Report on the working of the Ranchi Indian Mental Hospital, Kanke, in Bihar and Orissa - 1930-1940
Year: 1930
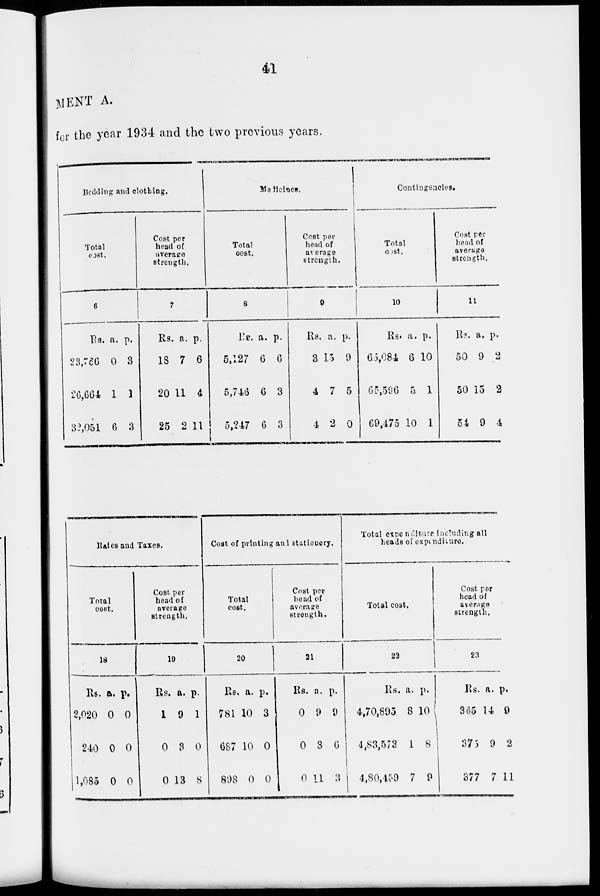
41
MENT A.
for the year 1934 and the two previous years.
Bedding and clothing.
Total
cost.
6
Rs.
23,766
26,664
32,051
a.
0
1
6
p.
3
1
3
Cost per
head of
average
strength.
7
Rs.
18
20
25
a.
7
11
2
p.
6
4
11
Medicines.
Total
cost.
8
Rs.
5,127
5,746
5,247
a.
6
6
6
p.
6
3
3
Cost per
head of
average
strength.
9
Rs.
3
4
4
a.
15
7
2
p.
9
5
0
Contingencies.
Total
cost.
10
Rs.
65,084
65,596
69,475
a.
6
5
10
p.
10
1
1
Cost per
head of
average
strength.
11
Rs.
50
50
54
a.
9
15
9
p.
2
2
4
Rates and Taxes.
Total
cost.
18
Rs.
2,020
240
1,085
a.
0
0
0
p.
0
0
0
Cost per
head of
average
strength.
19
Rs.
1
0
0
a.
9
3
13
p.
1
0
8
Cost of printing and stationery.
Total
cost.
20
Rs.
781
687
898
a.
10
10
0
p.
3
0
0
Cost per
head of
average
strength.
21
Rs.
0
0
0
a.
9
8
11
p.
9
6
3
Total expenditure including all
heads of expenditure.
Total cost.
22
Rs.
4,70,895
4,83,573
4,80,459
a.
8
1
7
p.
10
8
9
Cost per
head of
average
strength.
23
Rs.
365
375
377
a.
14
9
7
p.
9
2
11